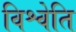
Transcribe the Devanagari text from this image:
विश्वेति